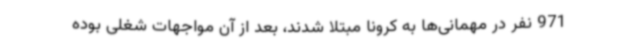
971 نفر در مهمانی‌ها به کرونا مبتلا شدند، بعد از آن مواجهات شغلی بوده